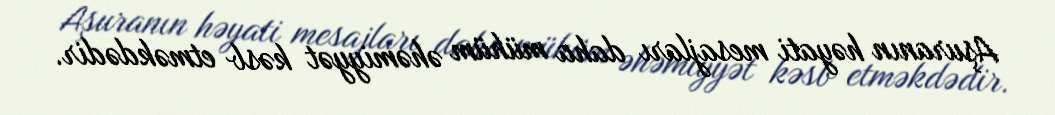
Aşuranın həyati mesajları daha mühüm əhəmiyyət kəsb etməkdədir.